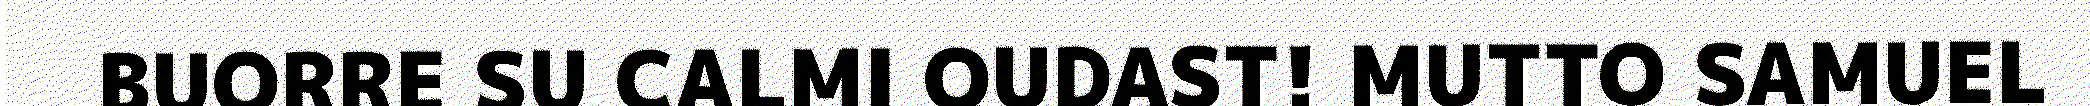
BUORRE SU CALMI OUDAST! MUTTO SAMUEL